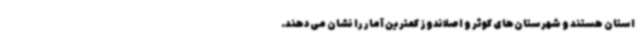
استان هستند و شهرستان‌های کوثر و اصلاندوز کمترین آمار را نشان می‌دهند.